Eesti_Vabariigi_Tartu_Ulikool, lk 15
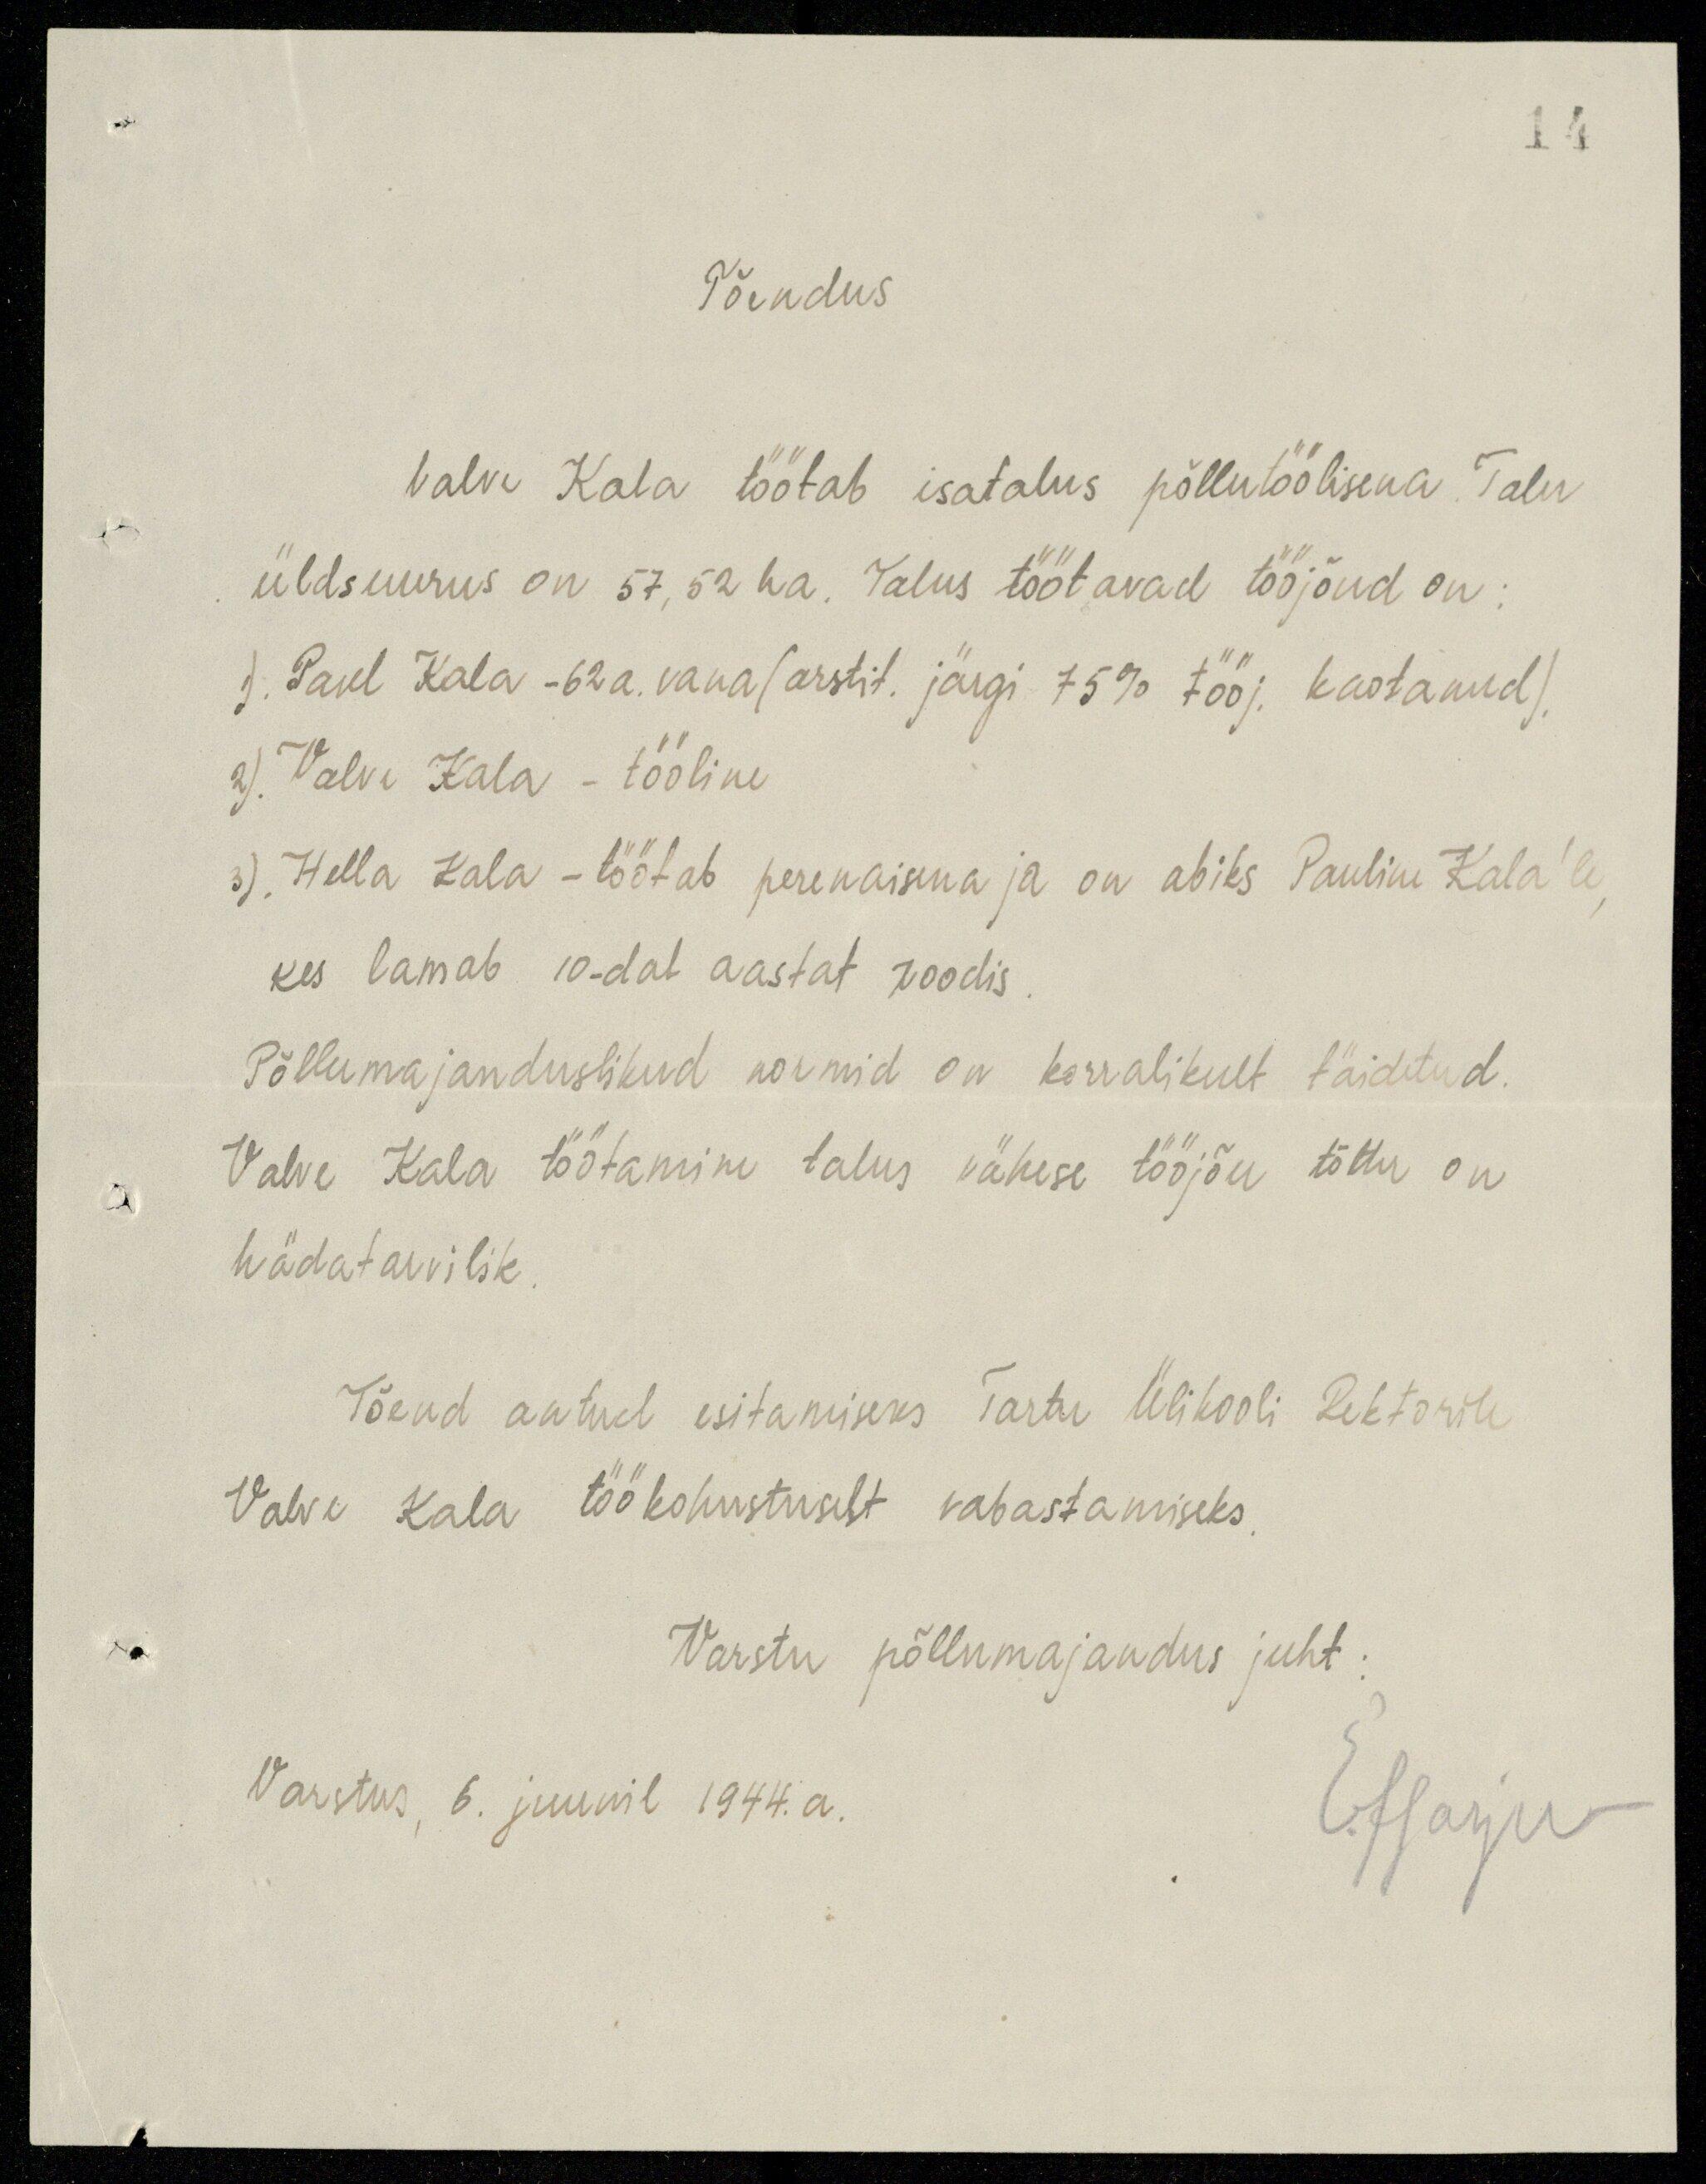
Tõendus
Valve Kala töötab isatalus põllutöölisena Talu
üldsuurus on 57,52 ha. Palus töötavad tööjõud on:
1) Paul Kala - 62a. vana (arstit. järgi 75% tööj. kaotanud).
2). Valve Kala - tööline
3). Hella Kala - töötab perenaikna ja on abiks Pauline Kala'le,
kes lamab 10-dat aastat voodis
Põllumajanduslikud normid on korralikult täidetud.
Valve Kala töötamine talus vähese töörjõu tõttu on
hädatavilik
Tõend antud esitamiseks Tartu Ülikooli Rektorile
Valve Kala töökohustuselt vabastamiseks,
Varstu põllumajandus juht:
Varstus, 6. juunil 1944.a.
E. Harju